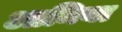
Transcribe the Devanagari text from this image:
आमिया